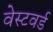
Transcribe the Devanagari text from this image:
वेस्टवर्ड